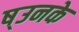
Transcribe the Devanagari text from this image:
ष्उनके